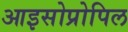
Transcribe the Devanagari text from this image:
आइसोप्रोपिल